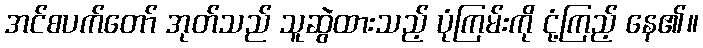
အင်စပက်တော် အုတ်သည် သူဆွဲထားသည့် ပုံကြမ်းကို ငုံ့ကြည့် နေ၏။